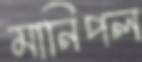
মানিপল